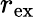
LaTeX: r_{\mathrm{ex}}